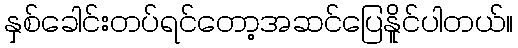
နှစ်ခေါင်းတပ်ရင်တော့အဆင်ပြေနိူင်ပါတယ်။